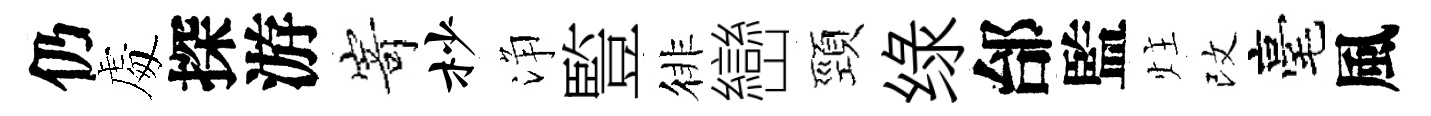
仍䖏探游𭔃杪浄䜿徘巒頸绿邰監炷改毫風